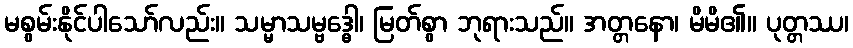
မစွမ်းနိုင်ပါသော်လည်း။ သမ္မာသမ္ဗဒ္ဓေါ၊ မြတ်စွာ ဘုရားသည်။ အတ္တနော၊ မိမိ၏။ ပုတ္တဿ၊